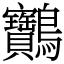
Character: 䴐